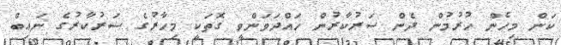
ކަން މިހެން ހުރުމުން ދެން ސަރުކާރުން ހައްދަވަންވީ ގޮތަކީ މިހާރުގެ ސަރުކާރުގެ ނައިބް